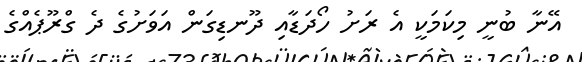
އޭނާ ބުނީ މިކަމަކީ އެ ރަށު ހޯދަޑާއި ދޫނޑިގަން އަވަށުގެ ދެ ގްރޫޕެއްގެ